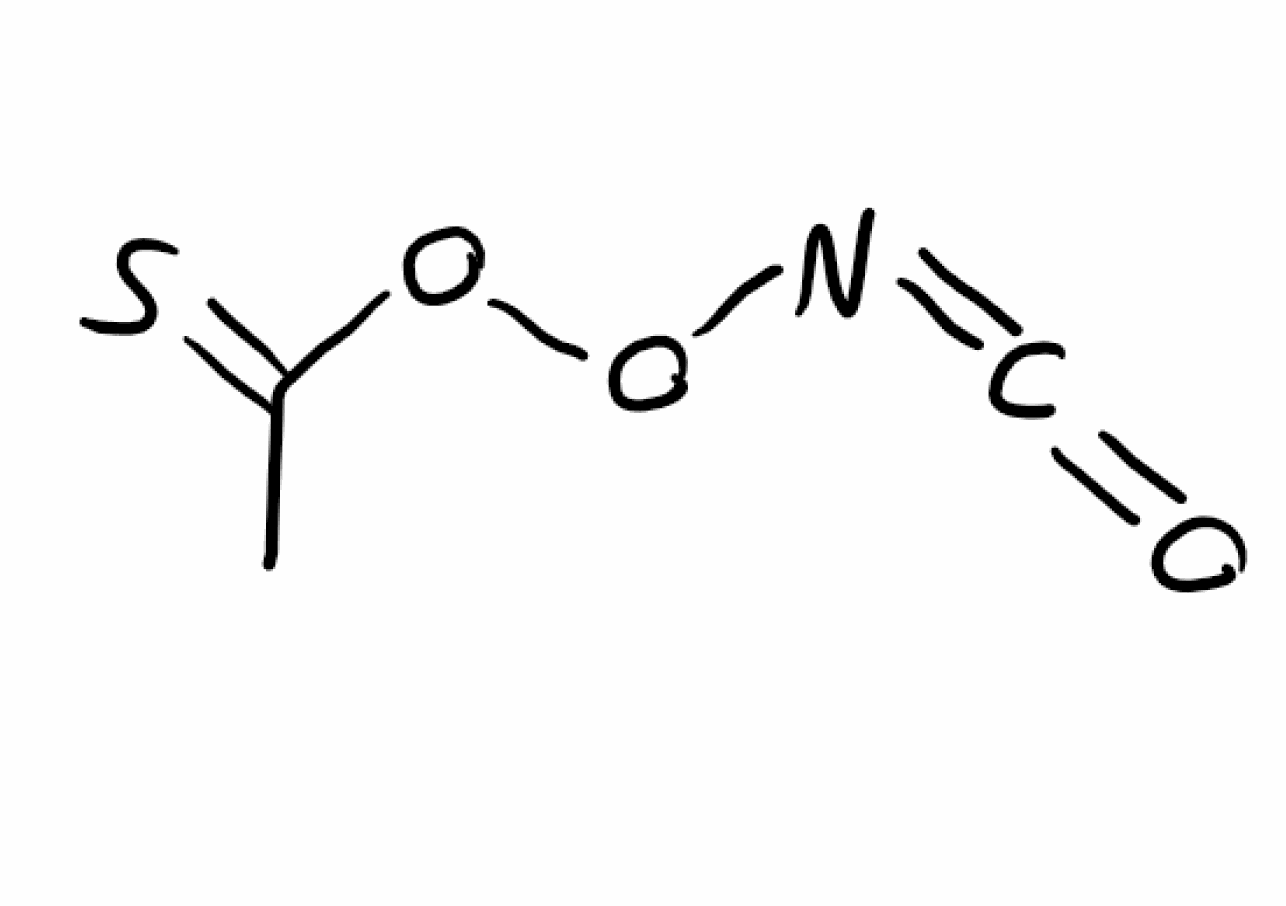
Simplified molecular-input line-entry system (SMILES) notation of the given molecule:
C(=NOOC(=S)I)=O